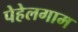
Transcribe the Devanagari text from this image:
पेहेलगाम